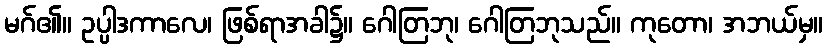
မဂ်၏။ ဥပ္ပါဒကာလေ၊ ဖြစ်ရာအခါ၌။ ဂေါတြဘု၊ ဂေါတြဘုသည်။ ကုတော၊ အဘယ်မှ။